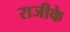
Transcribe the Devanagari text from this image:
राजीके